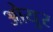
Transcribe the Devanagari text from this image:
ओयुर